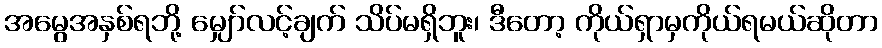
အမွေအနှစ်ရဘို့ မျှော်လင့်ချက် သိပ်မရှိဘူး၊ ဒီတော့ ကိုယ်ရှာမှကိုယ်ရမယ်ဆိုတာ